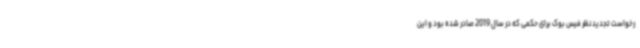
رخواست تجدیدنظر فیس بوک برای حکمی که در سال 2019 صادر شده بود و این